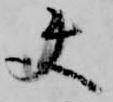
使